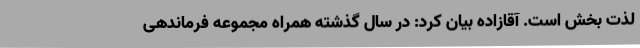
لذت بخش است. آقازاده بیان کرد: در سال گذشته همراه مجموعه فرماندهی